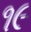
૧૯